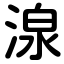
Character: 湶